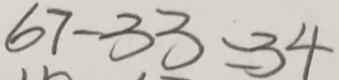
6 7 - 3 3 = 3 4